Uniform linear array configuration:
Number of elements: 12
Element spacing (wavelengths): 1
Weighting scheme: hamming
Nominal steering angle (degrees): -60
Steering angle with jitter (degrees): -58.4
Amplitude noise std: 0.05
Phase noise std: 0.05

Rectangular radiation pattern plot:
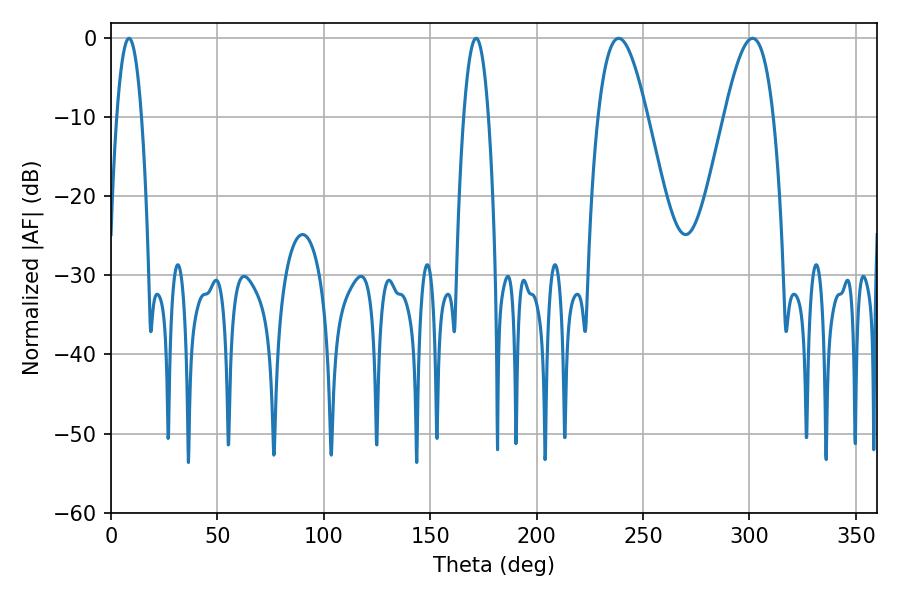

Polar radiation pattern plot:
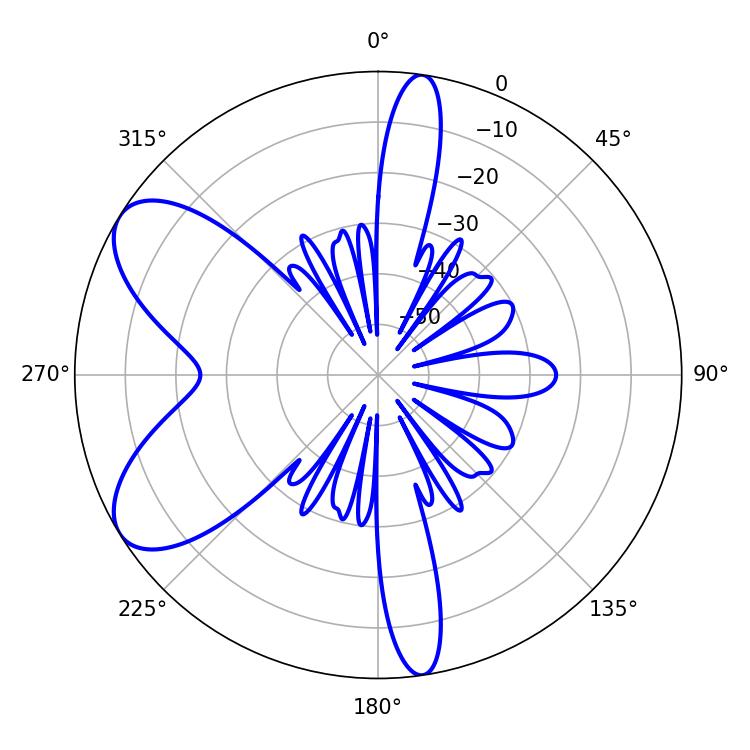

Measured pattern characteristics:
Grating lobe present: TRUE
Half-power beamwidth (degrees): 6.48
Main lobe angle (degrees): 8.46